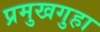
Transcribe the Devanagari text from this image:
प्रमुखगुहा